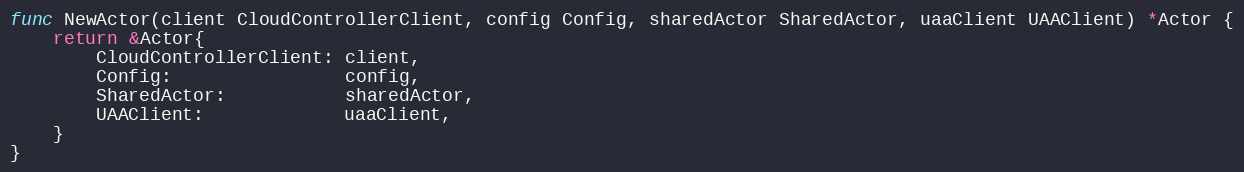
Language: Go
func NewActor(client CloudControllerClient, config Config, sharedActor SharedActor, uaaClient UAAClient) *Actor {
	return &Actor{
		CloudControllerClient: client,
		Config:                config,
		SharedActor:           sharedActor,
		UAAClient:             uaaClient,
	}
}